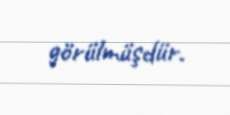
görülmüşdür.